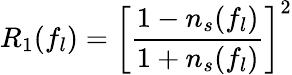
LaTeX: R_{1}(f_{l})=\left[\frac{1-n_{s}(f_{l})}{1+n_{s}(f_{l})}\right]^{2}